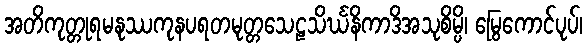
အတိကုတ္တုရမနုဿကုနပရတမုတ္တသေဠသိင်္ဃနိကာဒိအသုစိမ္ပိ၊ မြွေကောင်ပုပ်၊